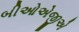
બીઓએજીએ